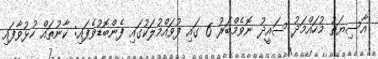
އާސިޔަތު މުހައްމަދު ސައީދު ނޮވެމްބަރު 6 ގައި ފުވައްމުލަކުގައި ފެންބޮޑުވެފައި: ކާނުތައް ހުޅުވާފައި